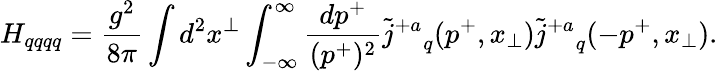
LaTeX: H_{qqqq}={\frac{g^{2}}{8\pi}}\int d^{2}x^{\perp}\int_{-\infty}^{\infty}{\frac{dp^{+}}{(p^{+})^{2}}}{\tilde{j}^{+a}}_{q}(p^{+},x_{\perp}){\tilde{j}^{+a}}_{q}(-p^{+},x_{\perp}).